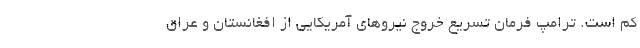
کم است. ترامپ فرمان تسریع خروج نیروهای آمریکایی از افغانستان و عراق